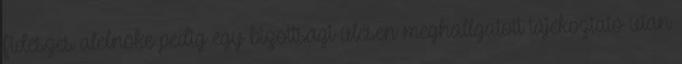
fideszes alelnöke pedig egy bizottsági ülésen meghallgatott tájékoztató után